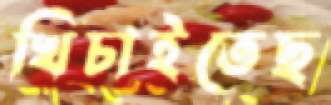
খিচাইতেছ